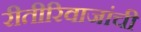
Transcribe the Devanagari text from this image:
रीतीरिवाजांची